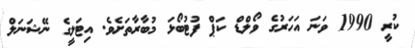
ކުރީ 1990 ވަނަ އަހަރުގެ ވޯލްޑް ކަޕް ފުޓުބޯޅަ މުބާރާތަށެވެ. އިޓަލީގެ ނޭޝަނަލް